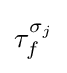
\tau _{f}^{\sigma _{j}}\,\!